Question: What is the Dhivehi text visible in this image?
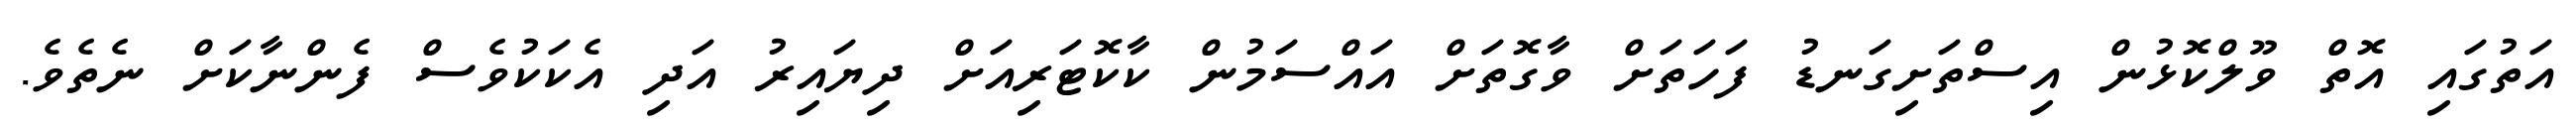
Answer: އަތުގައި އޮތް ވޫލްކޮޅުން އިސްތަށިގަނޑު ފަހަތަށް ވާގޮތަށް އައްސަމުން ކާކޮޓަރިއަށް ދިޔައިރު އަދި އެކަކުވެސް ފެންނާކަށް ނެތެވެ.